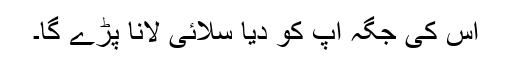
اس کی جگہ آپ کو دیا سلائی لانا پڑے گا۔